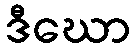
ဒီဃော